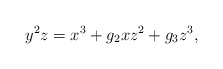
\begin{align*}y^{2}z = x^{3} + g_{2}xz^{2} +g_{3}z^{3},\end{align*}